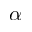
\alpha